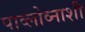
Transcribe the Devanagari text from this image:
पाव्लोव्नाशी